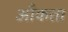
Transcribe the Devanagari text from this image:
आँकता